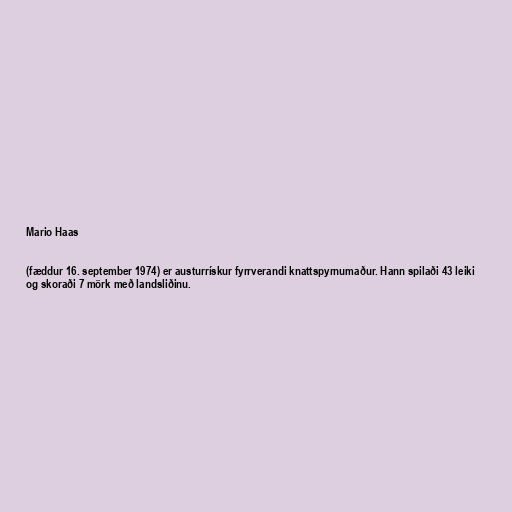
Mario Haas

(fæddur 16. september 1974) er austurrískur fyrrverandi knattspyrnumaður. Hann spilaði 43 leiki
og skoraði 7 mörk með landsliðinu.